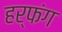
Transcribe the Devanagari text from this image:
हर्फंग